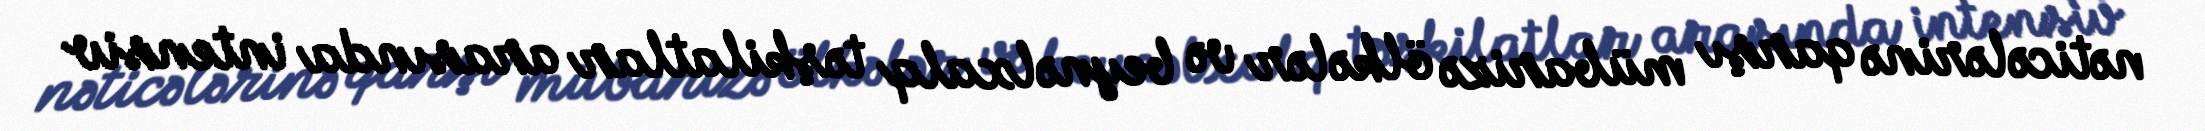
nəticələrinə qarşı mübarizə ölkələr və beynəlxalq təşkilatlar arasında intensiv